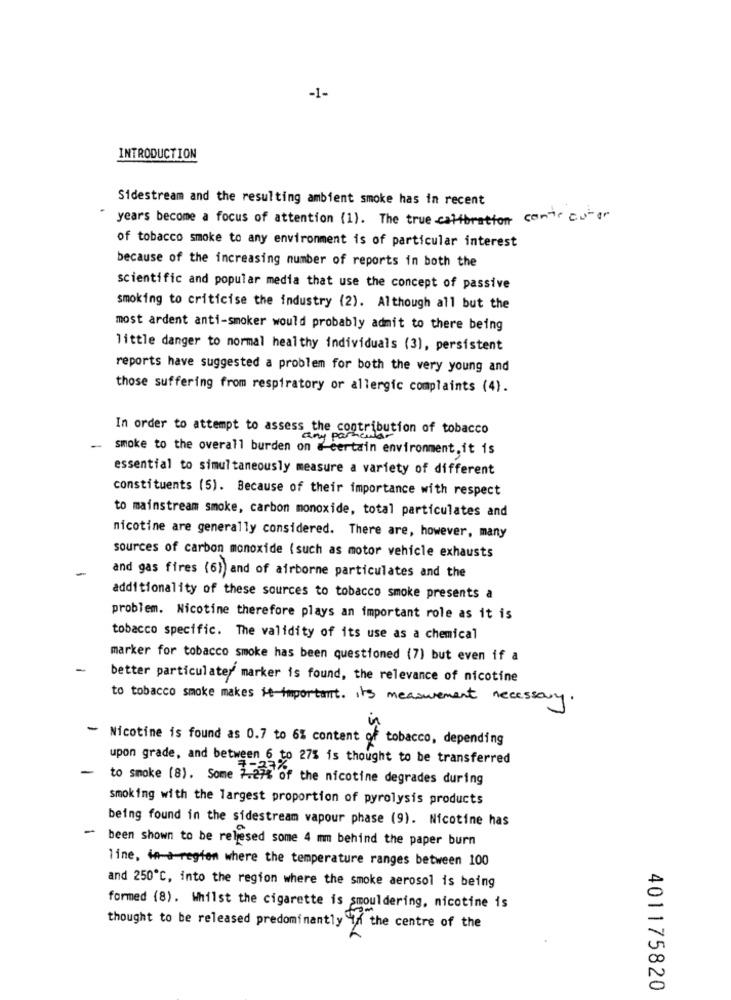
-1-
INTRODUCTION
Sidestream and the resulting ambient smoke has in recent
years become a focus of attention (1). The true calibration contr autor
of tobacco smoke to any environment is of particular interest
because of the increasing number of reports in both the
scientific and popular media that use the concept of passive
smoking to criticise the industry (2). Although all but the
most ardent anti-smoker would probably admit to there being
little danger to normal healthy individuals (3), persistent
reports have suggested a problem for both the very young and
those suffering from respiratory or allergic complaints (4).
In order to attempt to assess the contribution of tobacco
Sothe do
-
smoke to the overall burden on & certain environment.it is
essential to simultaneously measure a variety of different
constituents (5). Because of their importance with respect
to mainstream smoke, carbon monoxide, total particulates and
nicotine are generally considered. There are, however, many
sources of carbon monoxide (such as motor vehicle exhausts
-
and gas fires (6) and of airborne particulates and the
additionality of these sources to tobacco smoke presents a
problem. Nicotine therefore plays an important role as it is
tobacco specific. The validity of its use as a chemical
marker for tobacco smoke has been questioned (7) but even if a
better particulater marker is found, the relevance of nicotine
to tobacco smoke makes it important. its measurement necessary.
-
Nicotine is found as 0.7 to 6% content of tobacco, depending
upon grade, and between 6 to 27% is thought to be transferred
-
to smoke (8). Some 7.674 6
of the nicotine degrades during
smoking with the largest proportion of pyrolysis products
being found in the sidestream vapour phase (9). Nicotine has
~ been shown to be relesed some 4 mm behind the paper burn
line, in-+-region where the temperature ranges between 100
and 250℃, into the region where the smoke aerosol is being
formed (8). Whilst the cigarette is smouldering, nicotine is
thought to be released predominantly in the centre of the
401175820